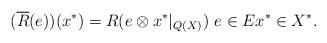
LaTeX: \begin{align*}(\overline{R} (e)) (x^*) = R(e \otimes x^* \vert_{Q(X)}) \,\, e \in E x^* \in X^*.\end{align*}